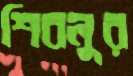
শিবলুর